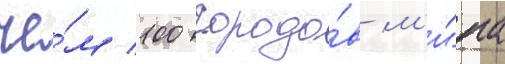
че́м 100 городо́в м'и́ра